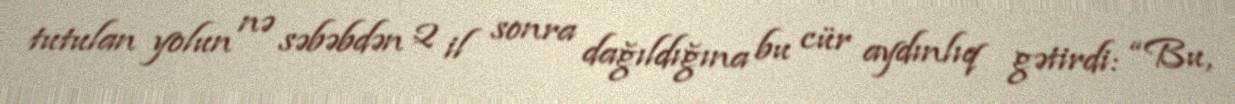
tutulan yolun nə səbəbdən 2 il sonra dağıldığına bu cür aydınlıq gətirdi: “Bu,